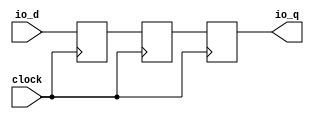
module NonSyncResetSynchronizerPrimitiveShiftReg_d3(
  input   clock,
  input   io_d,
  output  io_q
);
`ifdef RANDOMIZE_REG_INIT
  reg [31:0] _RAND_0;
  reg [31:0] _RAND_1;
  reg [31:0] _RAND_2;
`endif // RANDOMIZE_REG_INIT
  reg  sync_0; // @[SynchronizerReg.scala 59:68]
  reg  sync_1; // @[SynchronizerReg.scala 59:68]
  reg  sync_2; // @[SynchronizerReg.scala 59:68]
  assign io_q = sync_0; // @[SynchronizerReg.scala 67:10]
  always @(posedge clock) begin
    sync_0 <= sync_1; // @[SynchronizerReg.scala 65:12]
    sync_1 <= sync_2; // @[SynchronizerReg.scala 65:12]
    sync_2 <= io_d; // @[SynchronizerReg.scala 62:24]
  end
// Register and memory initialization
`ifdef RANDOMIZE_GARBAGE_ASSIGN
`define RANDOMIZE
`endif
`ifdef RANDOMIZE_INVALID_ASSIGN
`define RANDOMIZE
`endif
`ifdef RANDOMIZE_REG_INIT
`define RANDOMIZE
`endif
`ifdef RANDOMIZE_MEM_INIT
`define RANDOMIZE
`endif
`ifndef RANDOM
`define RANDOM $random
`endif
`ifdef RANDOMIZE_MEM_INIT
  integer initvar;
`endif
`ifndef SYNTHESIS
`ifdef FIRRTL_BEFORE_INITIAL
`FIRRTL_BEFORE_INITIAL
`endif
initial begin
  `ifdef RANDOMIZE
    `ifdef INIT_RANDOM
      `INIT_RANDOM
    `endif
    `ifndef VERILATOR
      `ifdef RANDOMIZE_DELAY
        #`RANDOMIZE_DELAY begin end
      `else
        #0.002 begin end
      `endif
    `endif
`ifdef RANDOMIZE_REG_INIT
  _RAND_0 = {1{`RANDOM}};
  sync_0 = _RAND_0[0:0];
  _RAND_1 = {1{`RANDOM}};
  sync_1 = _RAND_1[0:0];
  _RAND_2 = {1{`RANDOM}};
  sync_2 = _RAND_2[0:0];
`endif // RANDOMIZE_REG_INIT
  `endif // RANDOMIZE
end // initial
`ifdef FIRRTL_AFTER_INITIAL
`FIRRTL_AFTER_INITIAL
`endif
`endif // SYNTHESIS
endmodule